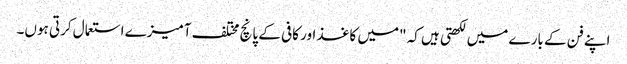
اپنے فن کے بارے میں لکھتی ہیں کہ "میں کاغذ اور کافی کے پانچ مختلف آمیزے استعمال کرتی ہوں۔